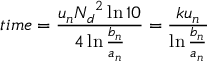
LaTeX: t i m e = { \frac { u _ { n } { N _ { d } } ^ { 2 } \ln 1 0 } { 4 \ln { \frac { b _ { n } } { a _ { n } } } } } = { \frac { k u _ { n } } { \ln { \frac { b _ { n } } { a _ { n } } } } }